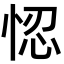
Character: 𢚴